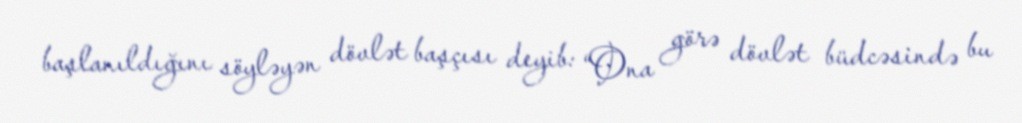
başlanıldığını söyləyən dövlət başçısı deyib: “Ona görə dövlət büdcəsində bu